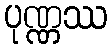
ပုဏ္ဏဿ